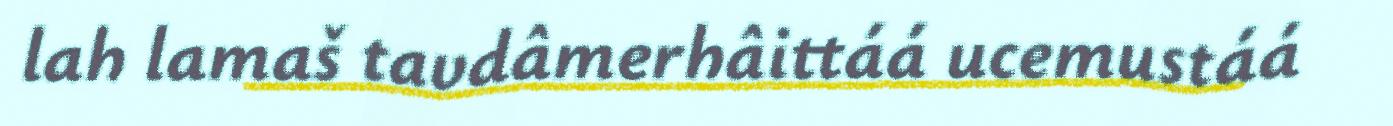
lah lamaš tavdâmerhâittáá ucemustáá